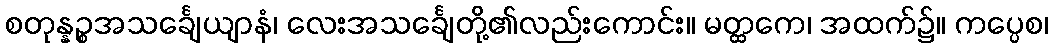
စတုန္နဉ္စအသင်္ချေယျာနံ၊ လေးအသင်္ချေတို့၏လည်းကောင်း။ မတ္ထကေ၊ အထက်၌။ ကပ္ပေစ၊